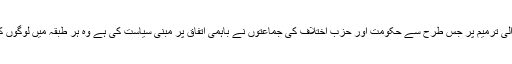
حال ہی میں آرمی ایکٹ میں ہونے والی ترمیم پر جس طرح سے حکومت اور حزب اختلاف کی جماعتوں نے باہمی اتفاق پر مبنی سیاست کی ہے وہ ہر طبقہ میں لوگوں کے لیے بڑا سوال بھی پیدا کرتی ہے۔